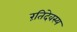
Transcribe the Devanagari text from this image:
रंतिदेवस्य